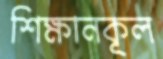
শিক্ষানকূল